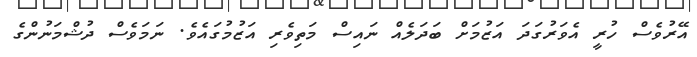
އޭރުވެސް ހުރީ އެވަރުގަދަ އަޒުމަށް ބަދަލެއް ނައިސް މަތިވެރި އަޒުމުގައެވެ. ނަމަވެސް ދުޝްމަނުންގެ